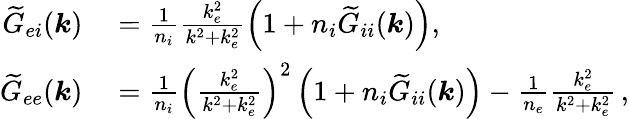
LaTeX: \begin{array}{rl}{\widetilde{G}_{ei}(\boldsymbol{k})}&{{}=\frac{1}{n_{i}}\frac{k_{e}^{2}}{k^{2}+k_{e}^{2}}\left(1+n_{i}\widetilde{G}_{ii}(\boldsymbol{k})\right),}\\ {\widetilde{G}_{ee}(\boldsymbol{k})}&{{}=\frac{1}{n_{i}}\left(\frac{k_{e}^{2}}{k^{2}+k_{e}^{2}}\right)^{2}\left(1+n_{i}\widetilde{G}_{ii}(\boldsymbol{k})\right)-\frac{1}{n_{e}}\frac{k_{e}^{2}}{k^{2}+k_{e}^{2}}\, ,}\end{array}